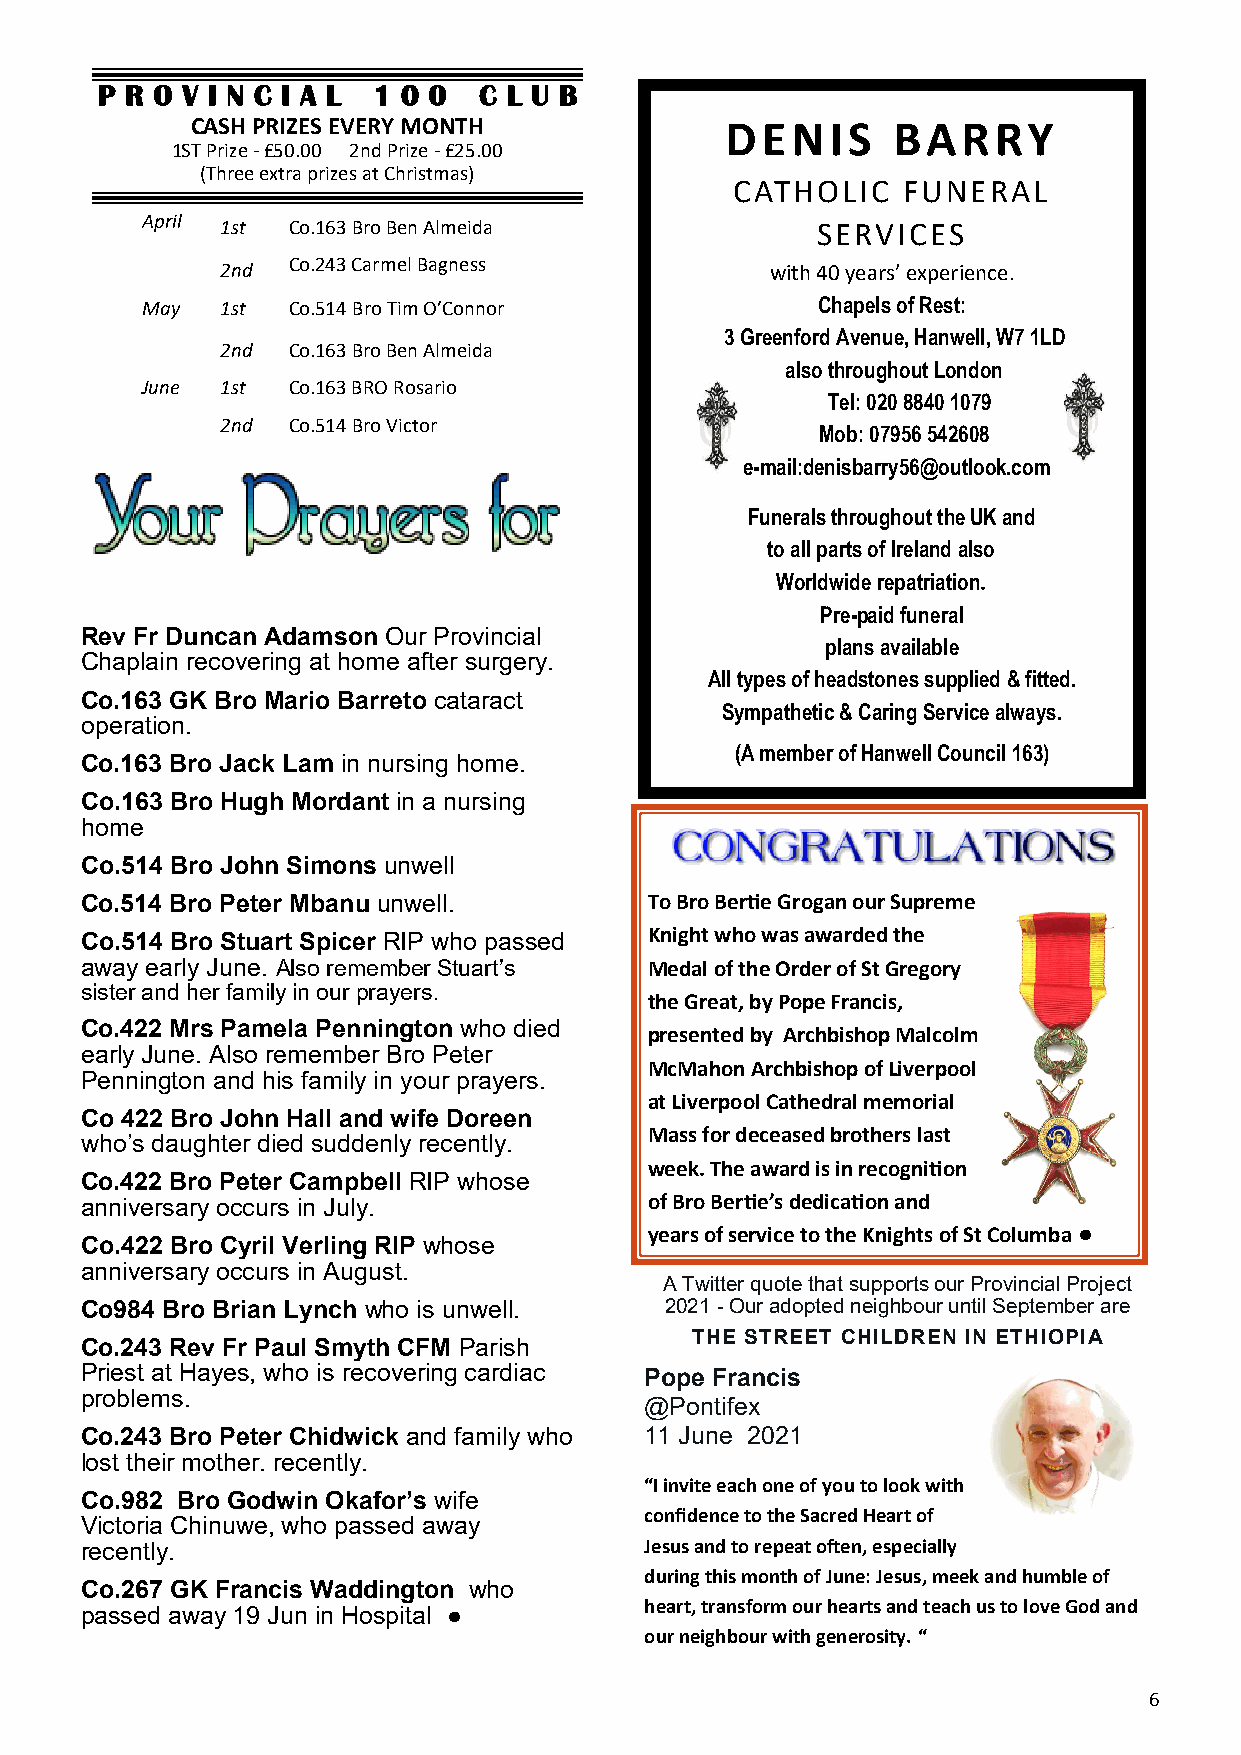
P R O V I N C I A L 1 0 0 C L U B
 CASH PRIZES EVERY MONTH            DENIS      BARRY
 1ST Prize - £50.00 2nd Prize - £25.00
 (Three extra prizes at Christmas)
 CATHOLIC   FUNERAL
 April 1st Co.163 Bro Ben Almeida             SERVICES
 2nd Co.243 Carmel Bagness           with 40 years’ experience.
 May   1st Co.514 Bro Tim O’Connor            Chapels of Rest:
 3 Greenford Avenue, Hanwell, W7 1LD
 2nd Co.163 Bro Ben Almeida
 also throughout London
 June  1st Co.163 BRO Rosario
 Tel: 020 8840 1079
 2nd Co.514 Bro Victor
 Mob: 07956 542608
 e-mail:denisbarry56@outlook.com
 Funerals throughout the UK and
 to all parts of Ireland also
 Worldwide repatriation.
 Pre-paid funeral
 Rev Fr Duncan Adamson Our Provincial
 plans available
 Chaplain recovering at home after surgery.
 All types of headstones supplied & fitted.
 Co.163 GK Bro Mario Barreto cataract
 Sympathetic & Caring Service always.
 operation.
 (A member of Hanwell Council 163)
 Co.163 Bro Jack Lam in nursing home.
 Co.163 Bro Hugh Mordant in a nursing
 home
 Co.514 Bro John Simons unwell
 Co.514 Bro Peter Mbanu unwell.        To Bro Bertie Grogan our Supreme
 Co.514 Bro Stuart Spicer RIP who passed Knight who was awarded the
 away early June. Also remember Stuart’s Medal of the Order of St Gregory
 sister and her family in our prayers.
 the Great, by Pope Francis,
 Co.422 Mrs Pamela Pennington who died
 presented by Archbishop Malcolm
 early June. Also remember Bro Peter
 McMahon Archbishop of Liverpool
 Pennington and his family in your prayers.
 at Liverpool Cathedral memorial
 Co 422 Bro John Hall and wife Doreen
 Mass for deceased brothers last
 who’s daughter died suddenly recently.
 week. The award is in recognition
 Co.422 Bro Peter Campbell RIP whose
 anniversary occurs in July.           of Bro Bertie’s dedication and
 years of service to the Knights of St Columba ●
 Co.422 Bro Cyril Verling RIP whose
 anniversary occurs in August.
 A Twitter quote that supports our Provincial Project
 Co984 Bro Brian Lynch who is unwell.   2021 - Our adopted neighbour until September are
 THE STREET CHILDREN IN ETHIOPIA
 Co.243 Rev Fr Paul Smyth CFM Parish
 Priest at Hayes, who is recovering cardiac Pope Francis
 problems.
 @Pontifex
 Co.243 Bro Peter Chidwick and family who 11 June 2021
 lost their mother. recently.
 “I invite each one of you to look with
 Co.982 Bro Godwin Okafor’s wife
 confidence to the Sacred Heart of
 Victoria Chinuwe, who passed away
 recently.                             Jesus and to repeat often, especially
 during this month of June: Jesus, meek and humble of
 Co.267 GK Francis Waddington who
 heart, transform our hearts and teach us to love God and
 passed away 19 Jun in Hospital ●
 our neighbour with generosity. “
 6